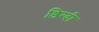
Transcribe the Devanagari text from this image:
डिग्वी